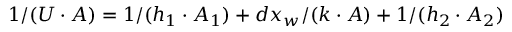
1 / ( U \cdot A ) = 1 / ( h _ { 1 } \cdot A _ { 1 } ) + d x _ { w } / ( k \cdot A ) + 1 / ( h _ { 2 } \cdot A _ { 2 } )